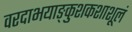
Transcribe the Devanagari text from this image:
वरदाभयाङ्कुशकशाशूलं